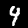
Digit: 4